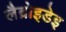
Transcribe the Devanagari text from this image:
लैब्रोइडेइ